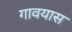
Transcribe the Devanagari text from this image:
गावयास